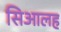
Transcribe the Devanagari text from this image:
सिआलह